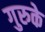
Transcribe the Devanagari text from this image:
गुरुके